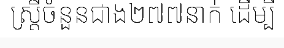
ស្ត្រីចំនួនជាង២៧៧នាក់ ដើម្បី